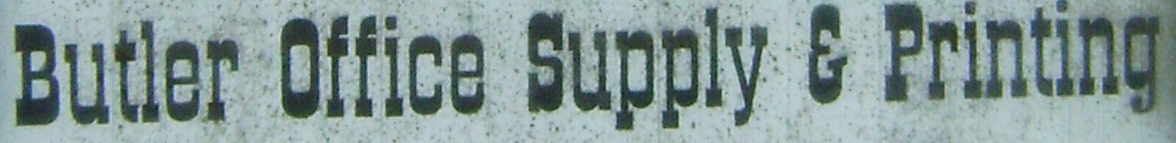
Butler Office Supply E Printing